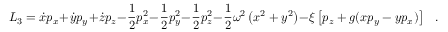
L _ { 3 } = \dot { x } p _ { x } + \dot { y } p _ { y } + \dot { z } p _ { z } - \frac { 1 } { 2 } p _ { x } ^ { 2 } - \frac { 1 } { 2 } p _ { y } ^ { 2 } - \frac { 1 } { 2 } p _ { z } ^ { 2 } - \frac { 1 } { 2 } \omega ^ { 2 } \left( x ^ { 2 } + y ^ { 2 } \right) - \xi \left[ p _ { z } + g ( x p _ { y } - y p _ { x } ) \right] \ \ \ .